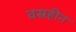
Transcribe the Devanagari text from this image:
वस्रहीन